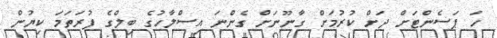
ހަ ޕަސެންޓަށް ދަށް ކުރުމަށް ގާނޫނަށް ގެންނަ އިސްލާހުގެ ބިލްގެ ފުރަތަމަ ކިޔުން